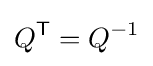
Q^{\textsf {T}}=Q^{-1}